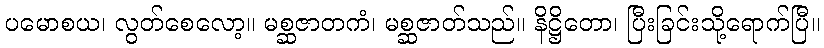
ပမောစယ၊ လွတ်စေလော့။ မစ္ဆဇာတကံ၊ မစ္ဆဇာတ်သည်။ နိဋ္ဌိတော၊ ပြီးခြင်းသို့ရောက်ပြီ။